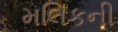
મલિકની